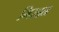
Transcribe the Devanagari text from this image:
गिरहन